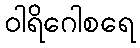
ဝါရိဂေါစရေ